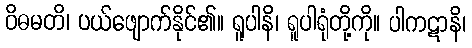
ဝိဓမတိ၊ ပယ်ဖျောက်နိုင်၏။ ရူပါနိ၊ ရူပါရုံတို့ကို။ ပါကဋာနိ၊